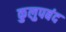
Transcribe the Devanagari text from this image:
कुलुपबंद